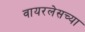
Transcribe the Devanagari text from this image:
वायरलेसच्या